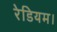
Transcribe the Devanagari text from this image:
रेडियम।